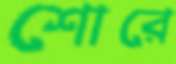
শোরে